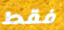
فقط